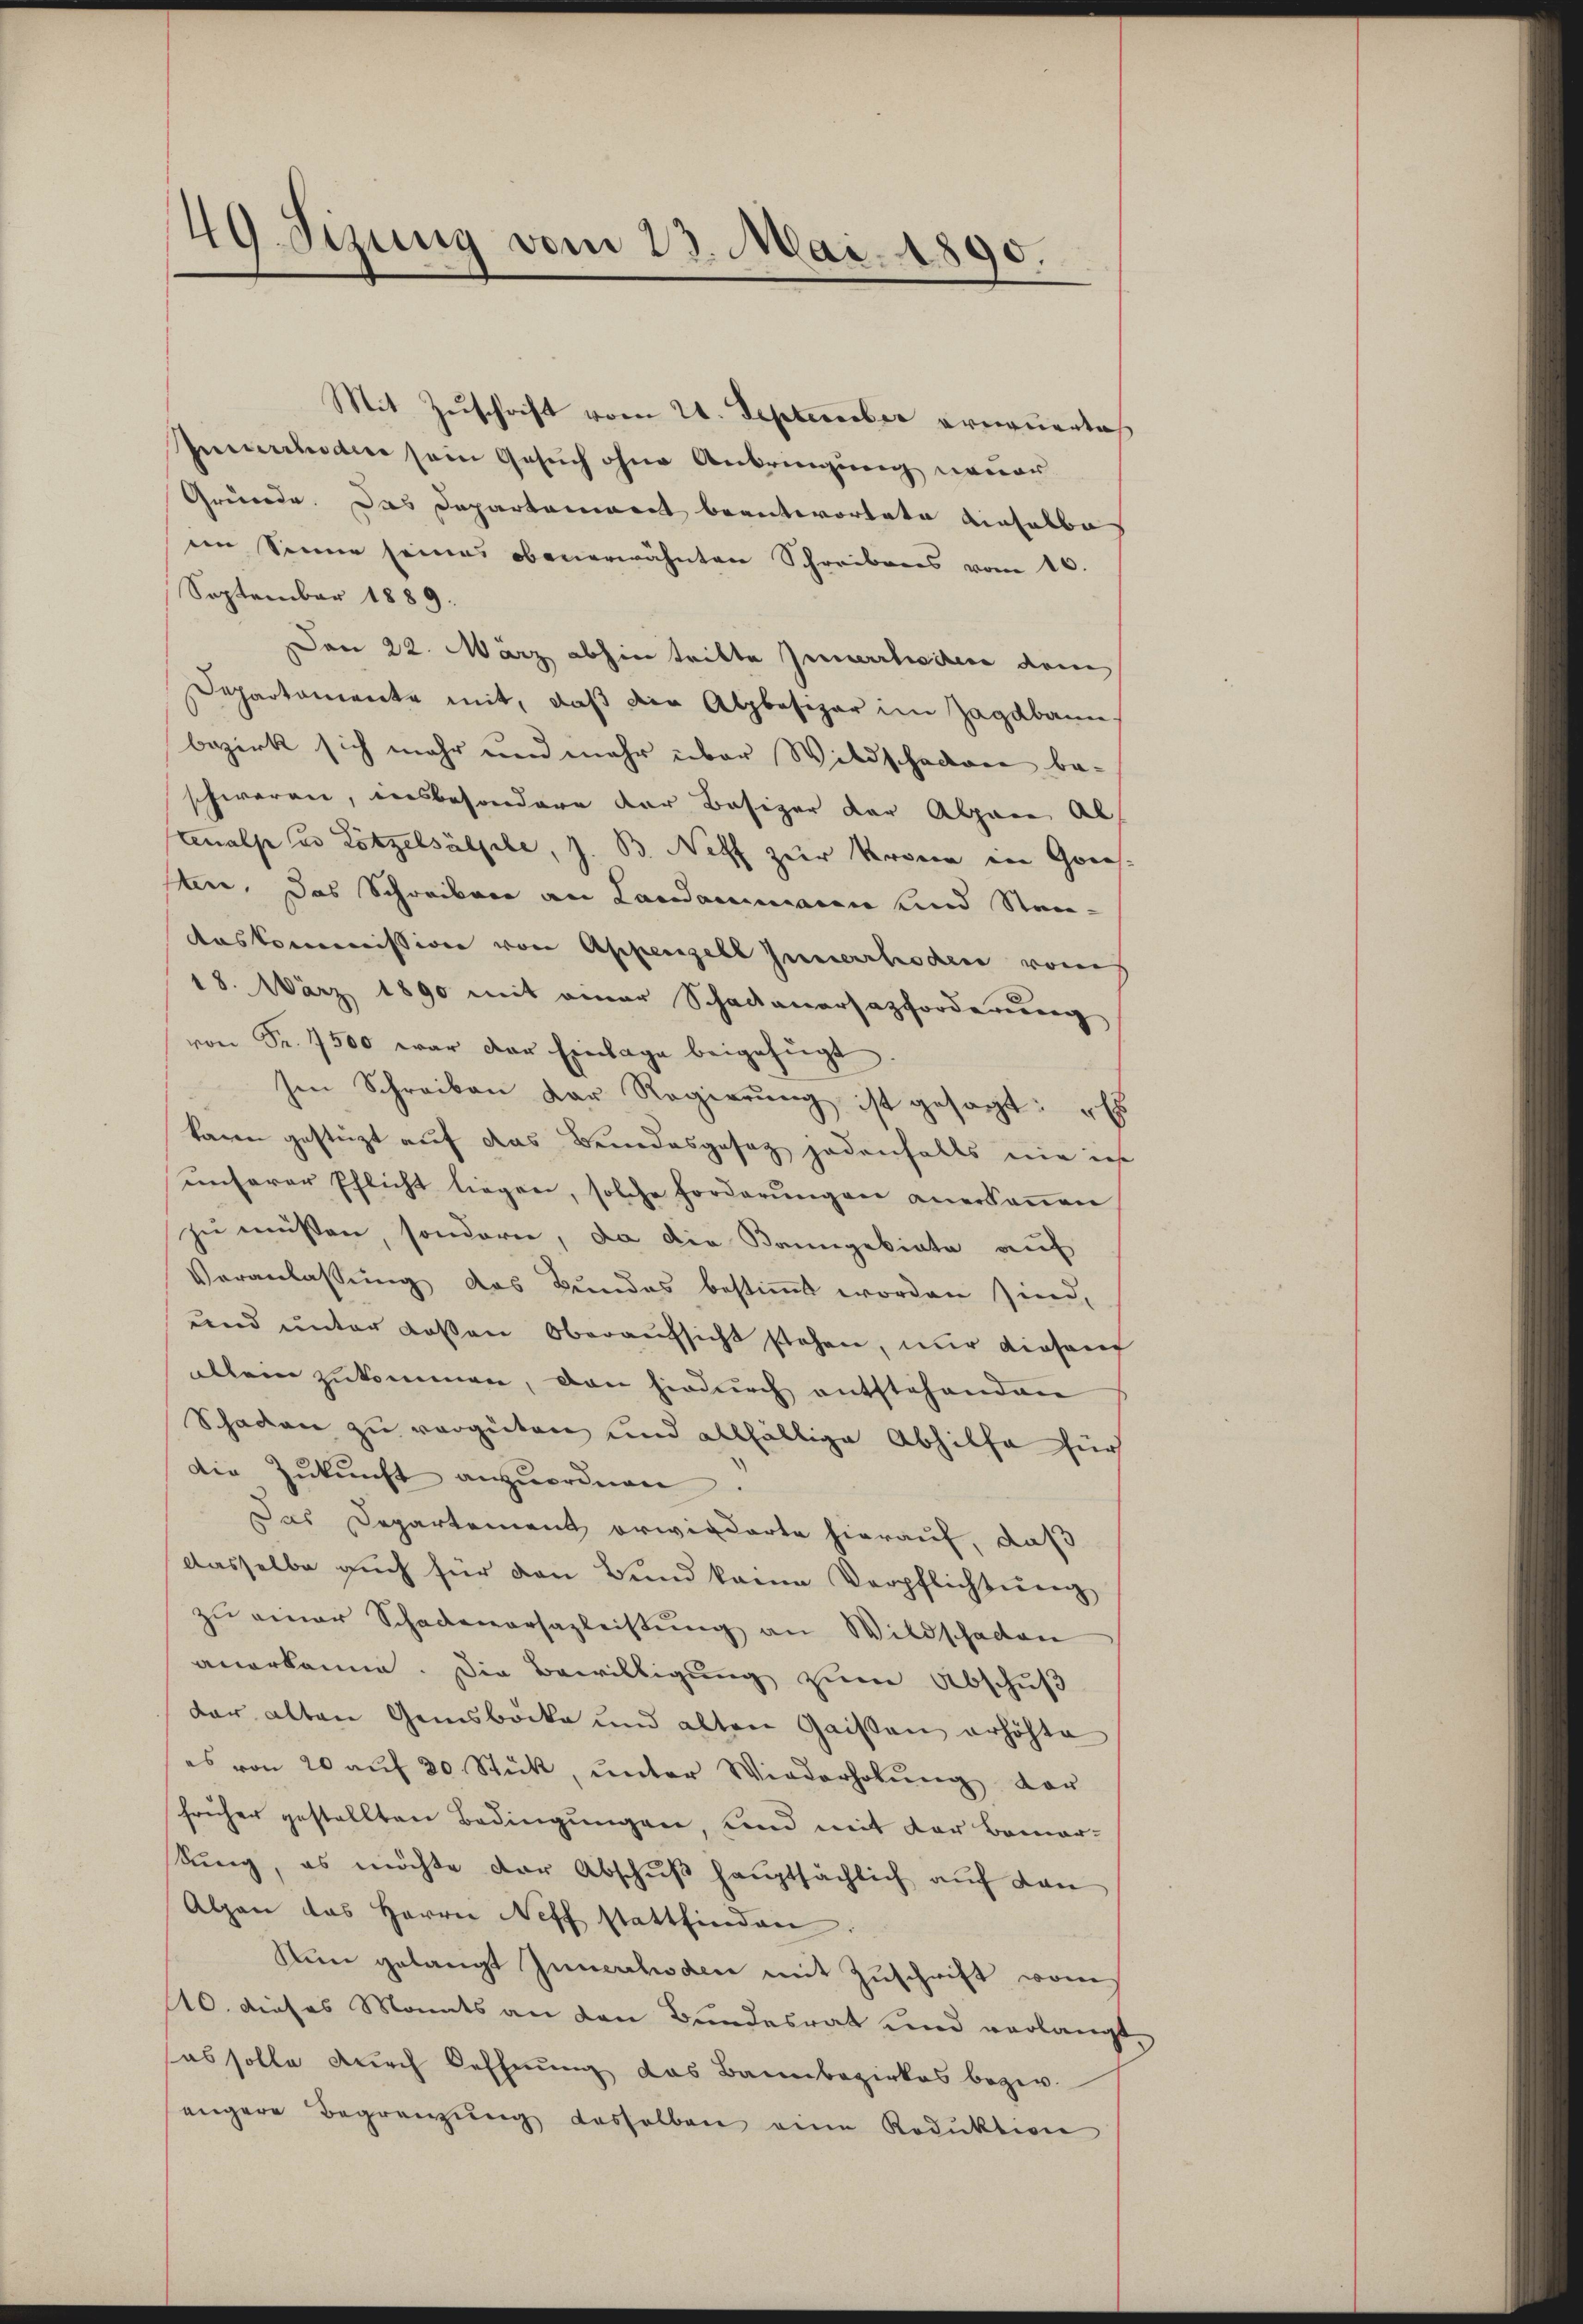
49 Sizung vom 23. Mai. 1890.

Mit Zuschrift vom 21. September erneuerlich
Inmelden sein Gesuch ohne Anbringung neuer
Gründe. Das Departement beantwortete einselbe
eim Sinner seines obenerwähnten Schreibens vom 10.
September 1889.
Den 22. März abhin tritte Innerlischen dem
Departamente mit, daß die Alpbesizer im Zagdbann.
bezirk sich mehr und mehr über Wildschaden beschwaren, insbesondere der Besizer der Alpare al
tenalp und Lötzelsälfele, z. B. Netz zur Krone in Gries.
ten. Das Schreiben an Landammann und Stan¬
Auskommission von Appenzell Innerrhoden vom
18. März 1890 mit einer Schadenersazforderung
von Fr. 7500 war der Einlage beigefügt
hen Schreiben der Regierŭng ist gesagt: „Es
kann gestüzt auf das Bundesgesetz jedenfalls nie ich
unserer Pflicht liegen, solche Forderŭngen anerkeṅen
zu müssen, sondern, da die Banngebiete auf
Veranlassung das Bundes bestimmt worden sind,
und unter Kassen Oberaufsicht stehen, nur diesen
allein zukommen, dan hiedurch entstehenden
Schaden zu vergüten und allfällige Abhilfe für
Die Zŭkŭnft anzŭordnen.
Das Departement erwiederte hierauf, daß
dasselbe auch für den Bund keine Verpflichtung
zu einer Schadenarsazleistung an Wildschaden
anerkanne. Die Bewilligung zum Abschuß
dar alten Gemsböcke und alten Gaisau erhöhte
es von 20 auf 30 Stück, unter Wiederholung vor
früher gestellten Bedingungen, und mit der Bemer-
Sung, es möchte der Abschŭβ haŭptsächlich auf den
Alpen das Herrn Neff stattfinden:
Nun gelangt Innerhoden mit Zuschrift vom
110. dieses Monats an den Bundesrat und verlangt.
as solle durch Oeffnung das Bannbezirkes begeg
engere Begrenzung desselben eine Roduktion